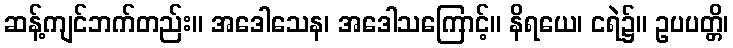
ဆန့်ကျင်ဘက်တည်း။ အဒေါသေန၊ အဒေါသကြောင့်။ နိရယေ၊ ငရဲ၌။ ဥပပတ္တိ၊